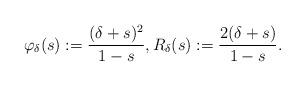
LaTeX: \begin{align*}\varphi_\delta(s):=\frac{(\delta+s)^2}{1-s}, R_\delta(s):=\frac{2(\delta+s)}{ 1-s}.\end{align*}